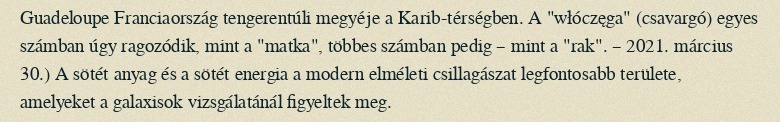
Guadeloupe Franciaország tengerentúli megyéje a Karib-térségben. A "włóczęga" (csavargó) egyes számban úgy ragozódik, mint a "matka", többes számban pedig – mint a "rak". – 2021. március 30.) A sötét anyag és a sötét energia a modern elméleti csillagászat legfontosabb területe, amelyeket a galaxisok vizsgálatánál figyeltek meg.